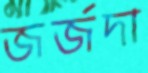
জর্জদা